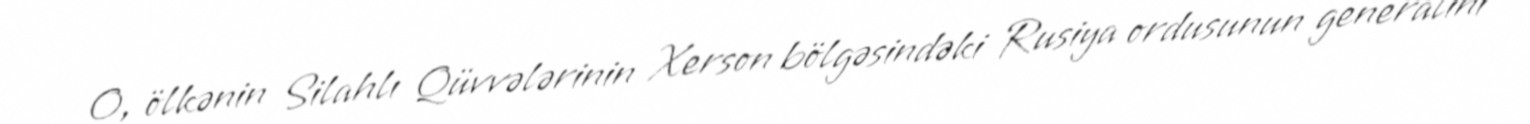
O, ölkənin Silahlı Qüvvələrinin Xerson bölgəsindəki Rusiya ordusunun generalını